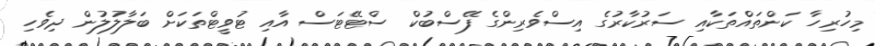
މިހުރިހާ ކަންތައްތަކާއި ސަރުކާރުގެ އިސްވެރިންގެ ފޭސްބުކް ސްޓޭޓަސް އާއި ޓުވީޓްތަކަށް ބަލާލުލުން ދިވެހި